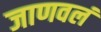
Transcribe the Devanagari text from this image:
जाणवलं